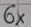
Text: 6×